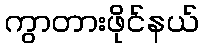
ကွာတားဖိုင်နယ်